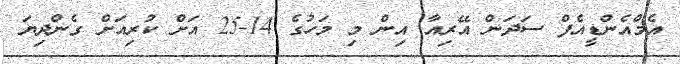
އެމްއެންޑީއެފް ސަދަން އޭރިއާ އިން މި މަހުގެ 14-25 އަށް ކުރިއަށް ގެންދިޔަ